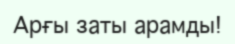
Арғы заты арамды!